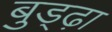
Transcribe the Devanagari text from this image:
बुड्ढ़ा